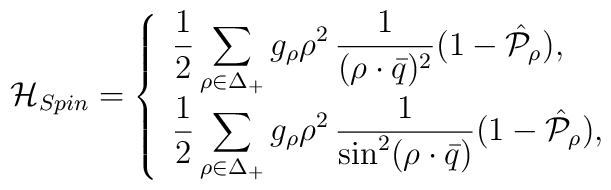
{\cal H}_{Spin}=\left\{\begin{array}{l}\begin{displaystyle}{1\over2}\sum_{\rho\in\Delta_{+}}g_{\rho}\rho^2\,{1\over{(\rho\cdot\bar{q})^2}}(1-\hat{\cal P}_\rho)\end{displaystyle},\\[6pt]\begin{displaystyle}{1\over2}\sum_{\rho\in\Delta_{+}}g_{\rho}\rho^2\,{1\over{\sin^2(\rho\cdot\bar{q})}}(1-\hat{\cal P}_\rho)\end{displaystyle},\end{array}\right.